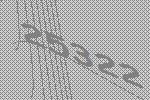
25322